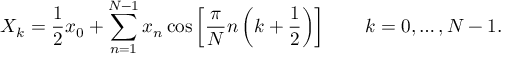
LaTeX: X _ { k } = { \frac { 1 } { 2 } } x _ { 0 } + \sum _ { n = 1 } ^ { N - 1 } x _ { n } \cos \left[ { \frac { \pi } { N } } n \left( k + { \frac { 1 } { 2 } } \right) \right] \quad \quad k = 0 , \dots , N - 1 .